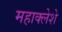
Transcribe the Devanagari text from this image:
महाक्लेशे